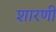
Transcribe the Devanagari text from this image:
शारणी